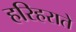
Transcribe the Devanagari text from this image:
हरिहराते